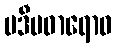
ပဒီပဓာရောဝ